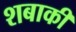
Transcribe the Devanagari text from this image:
शबाकी